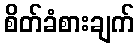
စိတ်ခံစားချက်